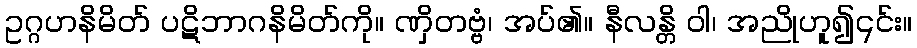
ဥဂ္ဂဟနိမိတ် ပဋိဘာဂနိမိတ်ကို။ ဏှိတဗ္ဗံ၊ အပ်၏။ နီလန္တိ ဝါ၊ အညိုဟူ၍၎င်း။